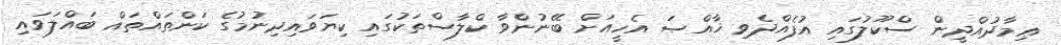
ޢިމާދުއްދީން ސްކޫލުގައި އުފެއްދެވި ޚާއްޞަ އެހީއަށް ބޭނުންވާ ކްލާސްތަކުގައި ކިޔަވައިދިނުމުގެ ކަންތައްތައް ބައްލަވައި